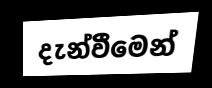
දැන්වීමෙන්